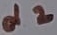
Text: d2